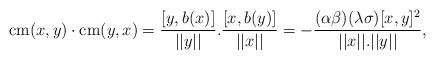
LaTeX: \begin{align*} \mathrm{cm}(x,y)\cdot\mathrm{cm}(y,x) = \frac{[y,b(x)]}{||y||}.\frac{[x,b(y)]}{||x||} = -\frac{(\alpha\beta)(\lambda\sigma)[x,y]^2}{||x||.||y||},\end{align*}